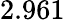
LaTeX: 2.961